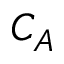
C _ { A }